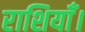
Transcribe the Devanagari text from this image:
राशियाँ।